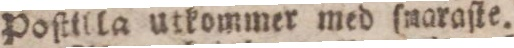
Poſtilla utkommer med ſnaraſte.